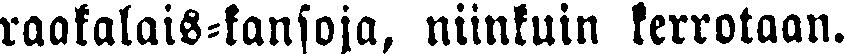
raakalais-kansoja, niinkuin kerrotaan.